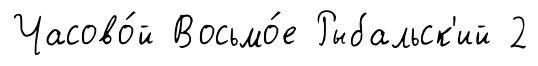
Часово́й Восьмо́е Рыбальск'ий 2